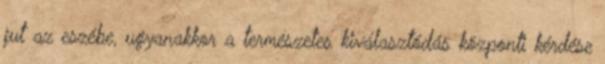
jut az eszébe, ugyanakkor a természetes kiválasztódás központi kérdése